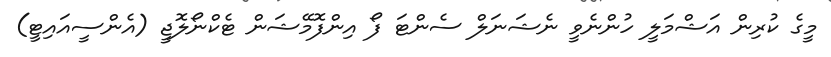
މީގެ ކުރިން އަޝްމަލީ ހުންނެވީ ނެޝަނަލް ސެންޓަ ފޯ އިންފޮމޭޝަން ޓެކްނޯލޮޖީ (އެންސީއައިޓީ)